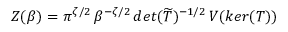
Z ( \beta ) = \pi ^ { \zeta / 2 } \, \beta ^ { - \zeta / 2 } \, d e t ( \widetilde { T } ) ^ { - 1 / 2 } \, V ( k e r ( T ) )